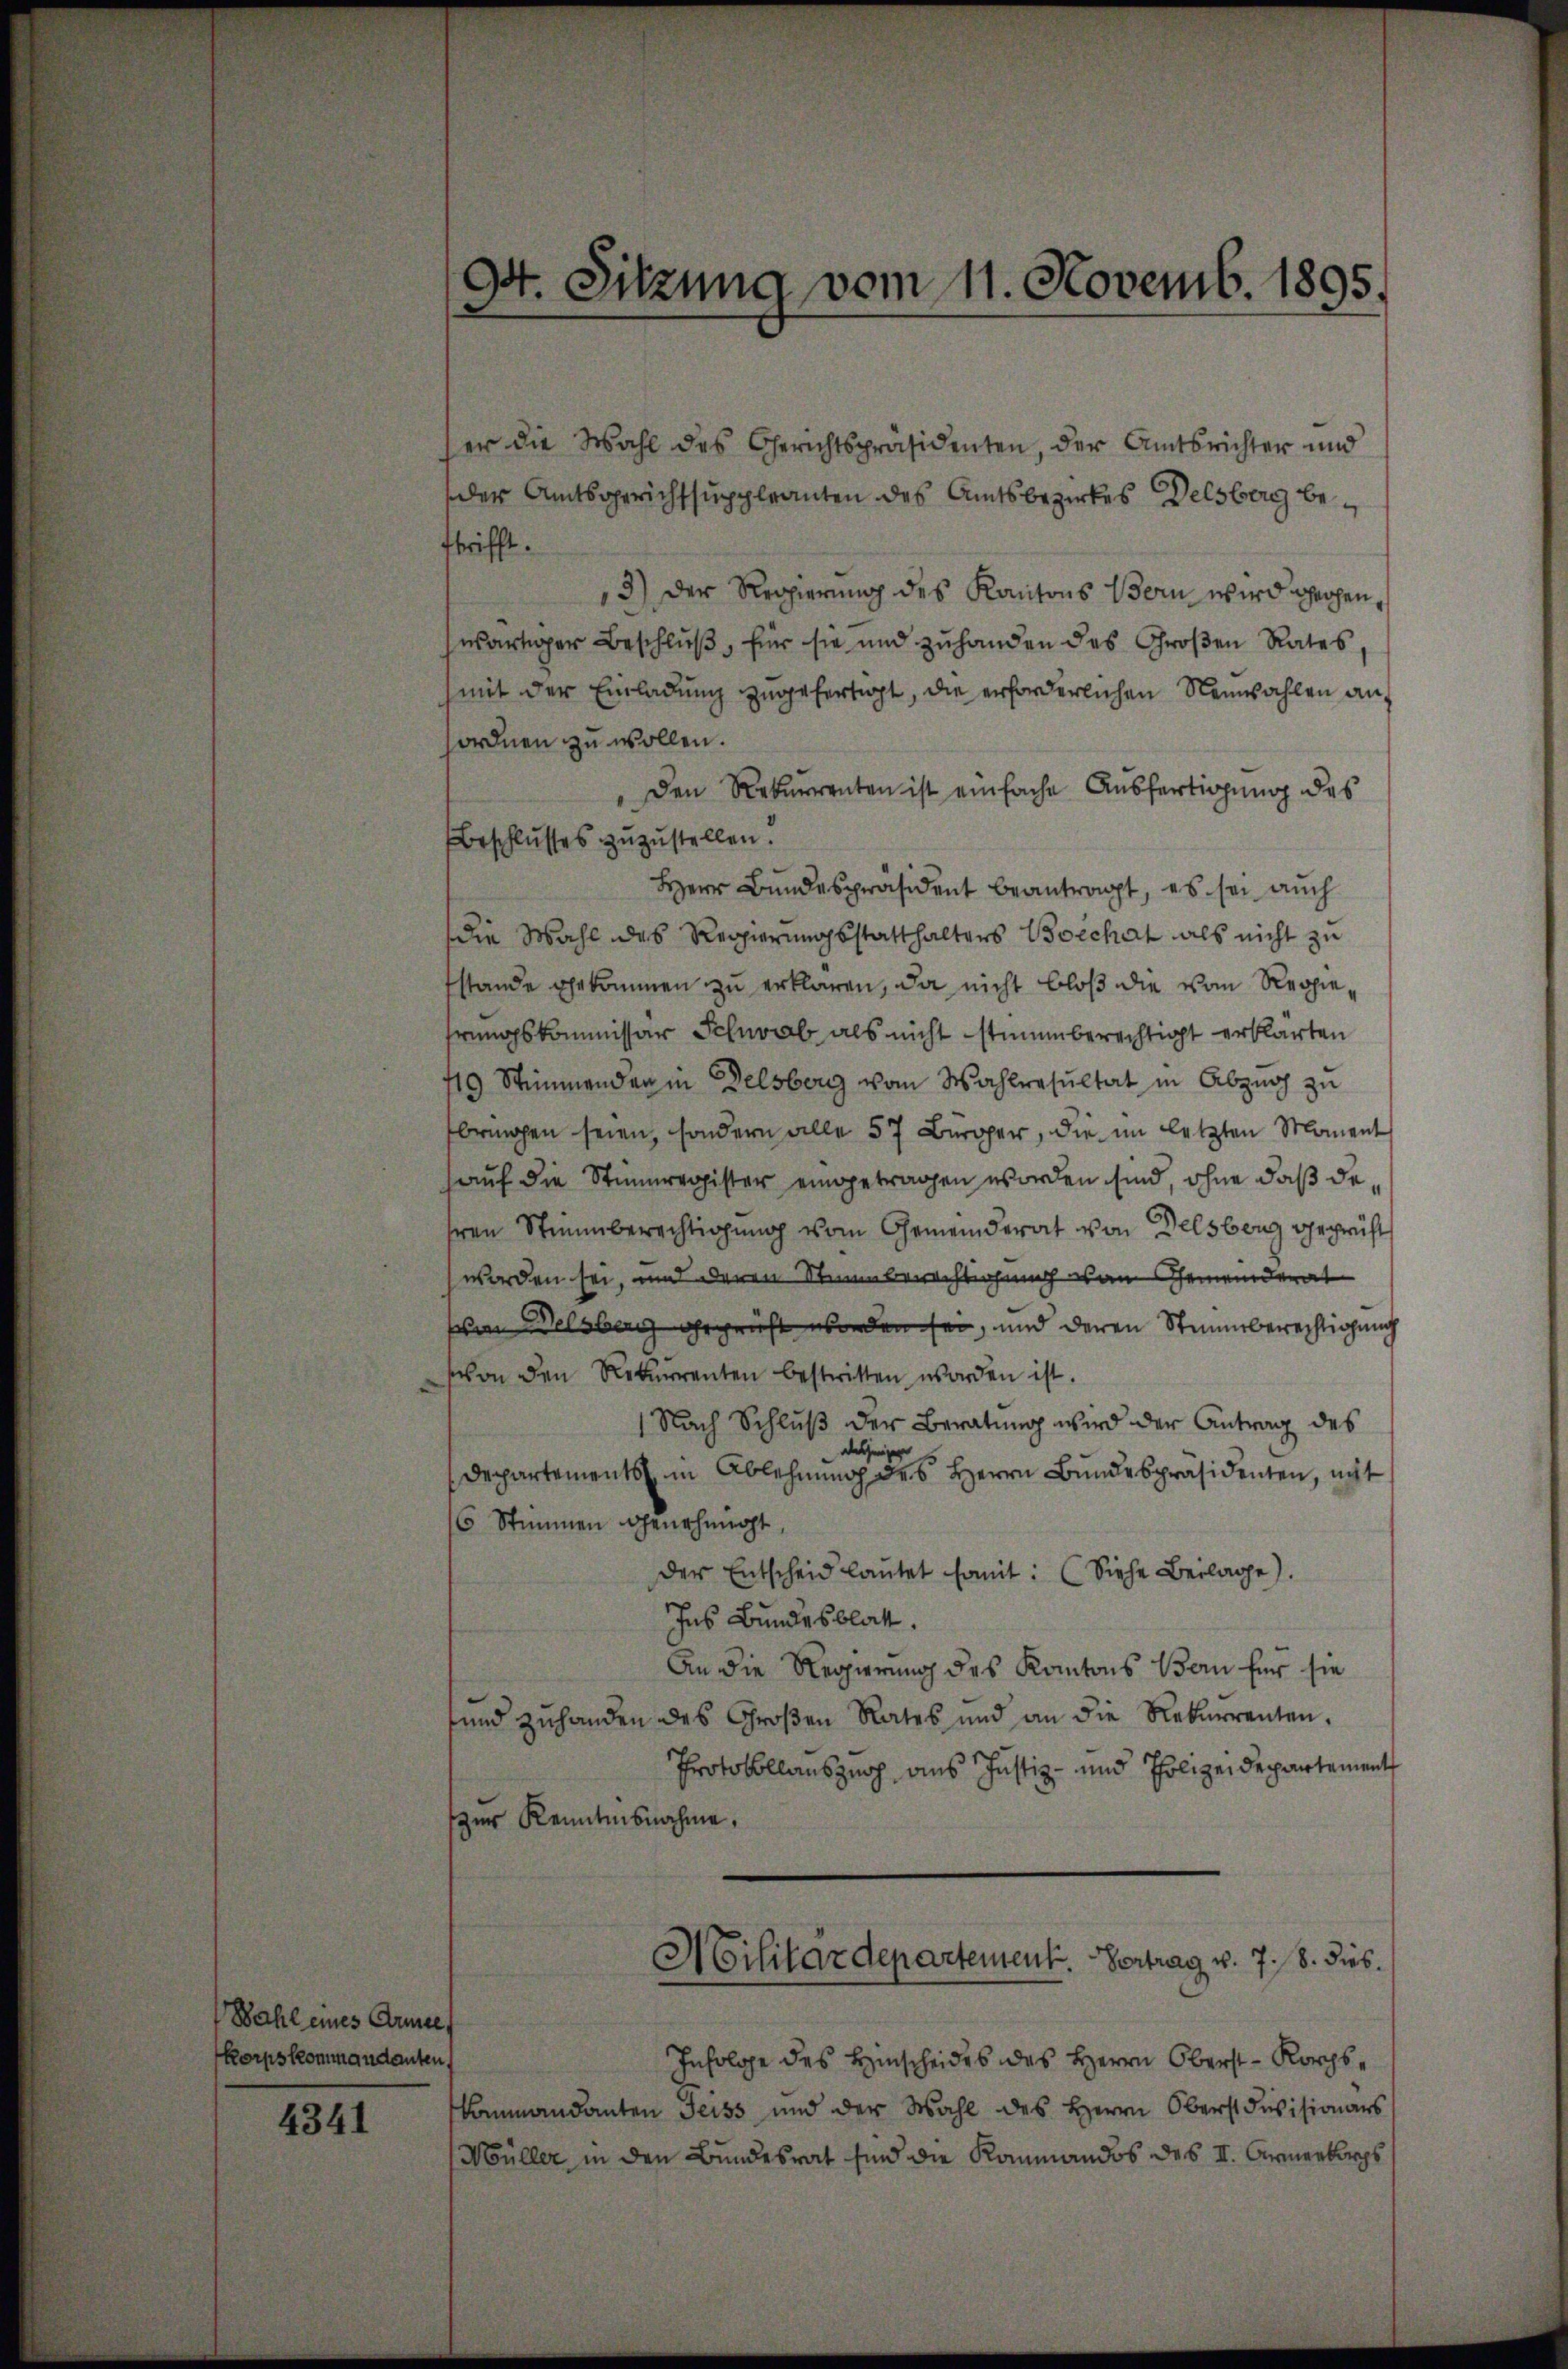
Wahl eines Armee
korpskommandanten,

4341

Ott. Sitzung vom 11. Novemb. 1895.

er die Wahl des Gerichtspräsidenten, der Amtsrichter und
der Amtsgerichtsuppleanten des Amtsbezirkes Delsberg betrifft.
3) Der Regierung des Kantons Bern wird gehenwärtiger Beschluß, für sie und zuhanden des Großen Rates,
mit der Einladung zugefertigt, die erforderlichen Neuwahlen anordnen zu wollen.
Den Rekurrenten ist einfache Ausfertigung des
Beschlusses zuzustellen.
Herr Bundespräsident beantragt, es sei auch
die Wahl des Regierungsstatthalters Boechat als nicht zu
stande Ehekommen zu erklären, da nicht bloß die vom Regiefrungskommissär Schwab als nicht stimmberechtigt erklärten
19 Stimmenden in Delsberg vom Wahlresultat in Abzug zu
brmohen seien, sondern alle 57 Bürger, die im letzten Moment
auf die Stimmregister eingetragen worden sind, ohne daß dehren Stimmberechtigung vom Gemeinderat von Delsberg gegrif
worden sei, und deren Stimmberechtigung an Gemeinderat
an Welsberg geprüft worden sei, und deren Stimmberechtigung
son den Rekurrenten bestritten worden ist.
1 Nach Schluß der Beratung wird der Antrag des
dasjenig
Departements in Ablehnung des Herrn Bundespräsidenten, mit
16 Stimmen genehmigt,
Der Entscheid laŭtet somit: (Siehe Beilage).
Ins Bundesblatt.
An die Regierung des Kantons Bern für sie
sund zuhanden des Großen Rates und an die Rekurrenten.
Protokollauszug aus Justiz- und Polizeidepartement
zur Kenntnisnahme,
Militärdepartement. Vortrag v. 7. 18. dies
Infolge des Hinscheides des Herrn Oberst - Korps¬
Kommandanten Geiss und der Wahl des Herrn Oberst divisionars
Müller in den Bundesrat sind die Kommandos des II. Armerkerps